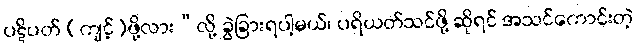
ပဋိပတ် (ကျင့်)ဖို့လား”လို့ ခွဲခြားရပါ့မယ်၊ ပရိယတ်သင်ဖို့ ဆိုရင် အသင်ကောင်းတဲ့